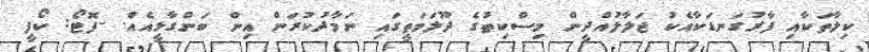
ކިލާތަކާއި ފާރުގަނޑަކާއެކު ޖަލާލުއްދީން މިސްކިތުގެ ދޫލަމަތީގައި ނަމާދުކުރަން އިން ބަންގާޅީއެއް. -ފޮޓޯ: ކޯފީ